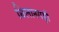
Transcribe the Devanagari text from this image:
थिलानगड़ी